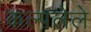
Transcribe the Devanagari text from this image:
कल्पलेले